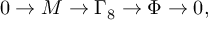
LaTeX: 0 \to M \to \Gamma _ { 8 } \to \Phi \to 0 ,